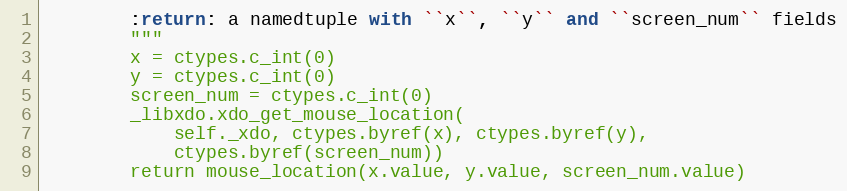
Language: Python
        :return: a namedtuple with ``x``, ``y`` and ``screen_num`` fields
        """
        x = ctypes.c_int(0)
        y = ctypes.c_int(0)
        screen_num = ctypes.c_int(0)
        _libxdo.xdo_get_mouse_location(
            self._xdo, ctypes.byref(x), ctypes.byref(y),
            ctypes.byref(screen_num))
        return mouse_location(x.value, y.value, screen_num.value)